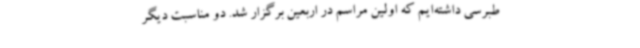
طبرسی داشته‌ایم که اولین مراسم در اربعین برگزار شد. دو مناسبت دیگر